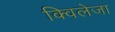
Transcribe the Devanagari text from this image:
क्विलेजा